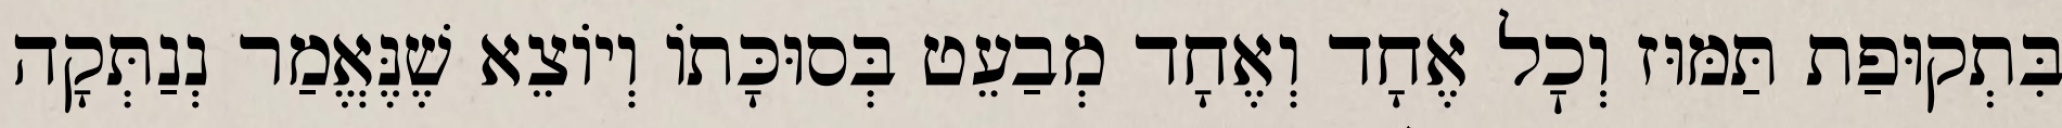
בִּתְקוּפַת תַּמּוּז וְכׇל אֶחָד וְאֶחָד מְבַעֵט בְּסוּכָּתוֹ וְיוֹצֵא שֶׁנֶּאֱמַר נְנַתְּקָה